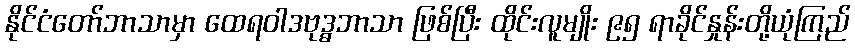
နိုင်ငံတော်ဘာသာမှာ ထေရဝါဒဗုဒ္ဓဘာသာ ဖြစ်ပြီး ထိုင်းလူမျိုး ၉၅ ရာခိုင်နှုန်းတို့ယုံကြည်